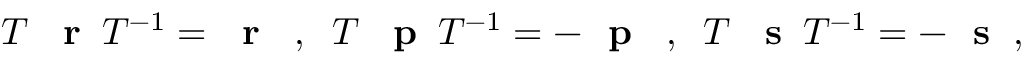
T \: \mathrm { ~ \bf ~ r ~ } \: T ^ { - 1 } = \mathrm { ~ \bf ~ r ~ } \; \; , \; \; T \: \mathrm { ~ \bf ~ p ~ } \: T ^ { - 1 } = - \mathrm { ~ \bf ~ p ~ } \; \; , \; \; T \: \mathrm { ~ \bf ~ s ~ } \: T ^ { - 1 } = - \mathrm { ~ \bf ~ s ~ } \; ,